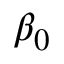
\beta _ { 0 }